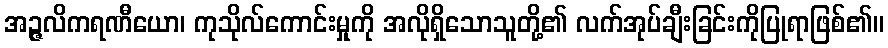
အဉ္ဇလိကရဏီယော၊ ကုသိုလ်ကောင်းမှုကို အလိုရှိသောသူတို့၏ လက်အုပ်ချီးခြင်းကိုပြုရာဖြစ်၏။